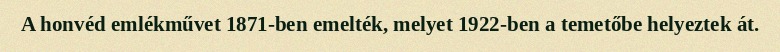
A honvéd emlékművet 1871-ben emelték, melyet 1922-ben a temetőbe helyeztek át.